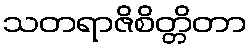
သတရာဇိစိတ္တိတာ